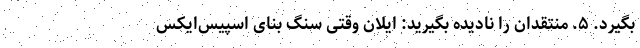
بگیرد. ۵. منتقدان را نادیده بگیرید: ایلان وقتی سنگ بنای اسپیس‌ایکس